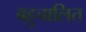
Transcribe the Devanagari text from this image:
बहुचालित